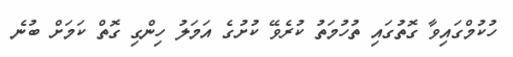
ހުކުމްގައިވާ ގޮތުގައި ތުހުމަތު ކުރެވޭ ކުށުގެ އަމަލު ހިންގި ގޮތް ކަމަށް ބުނެ